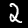
Digit: 2